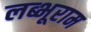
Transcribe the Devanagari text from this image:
लब्भूराम